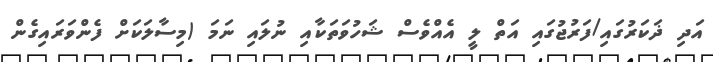
އަދި ޛަކަރުގައި/ފަރުޖުގައި އަތް ލީ އެއްވެސް ޝަހުވަތަކާއި ނުލައި ނަމަ (މިސާލަކަށް ފެންވަރައިގެން